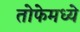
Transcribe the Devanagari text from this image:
तोफेमध्ये